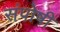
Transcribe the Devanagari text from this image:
संपोषी